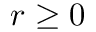
r \geq 0